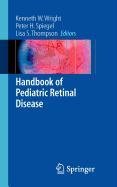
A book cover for Viruses of Lower Vertebrates; W. Ahne; Medical Books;